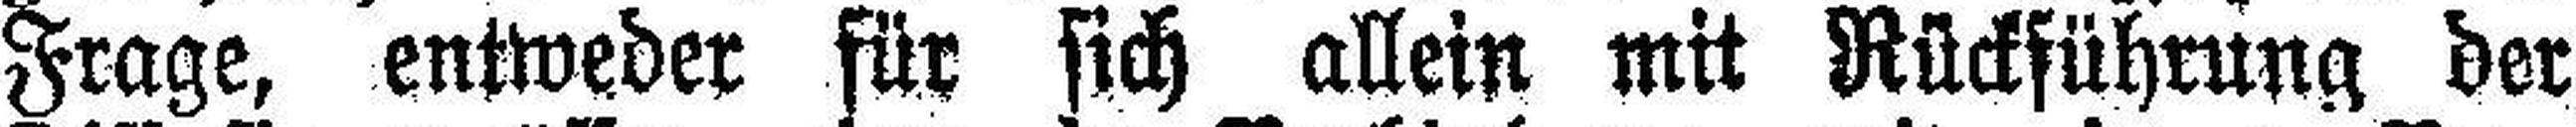
Frage, entweder füt sich allein mit Rückführung der